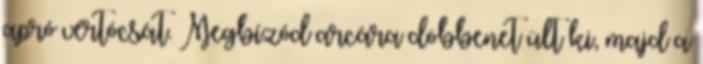
apró vértócsát. Megbízód arcára döbbenet ült ki, majd a